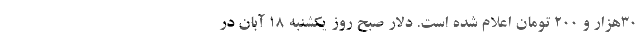
30هزار و 200 تومان اعلام شده است. دلار صبح روز یکشنبه 18 آبان در